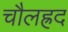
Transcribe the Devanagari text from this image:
चौलह्रद